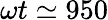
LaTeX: \omega t\simeq 950